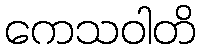
ကေသဝါတိ